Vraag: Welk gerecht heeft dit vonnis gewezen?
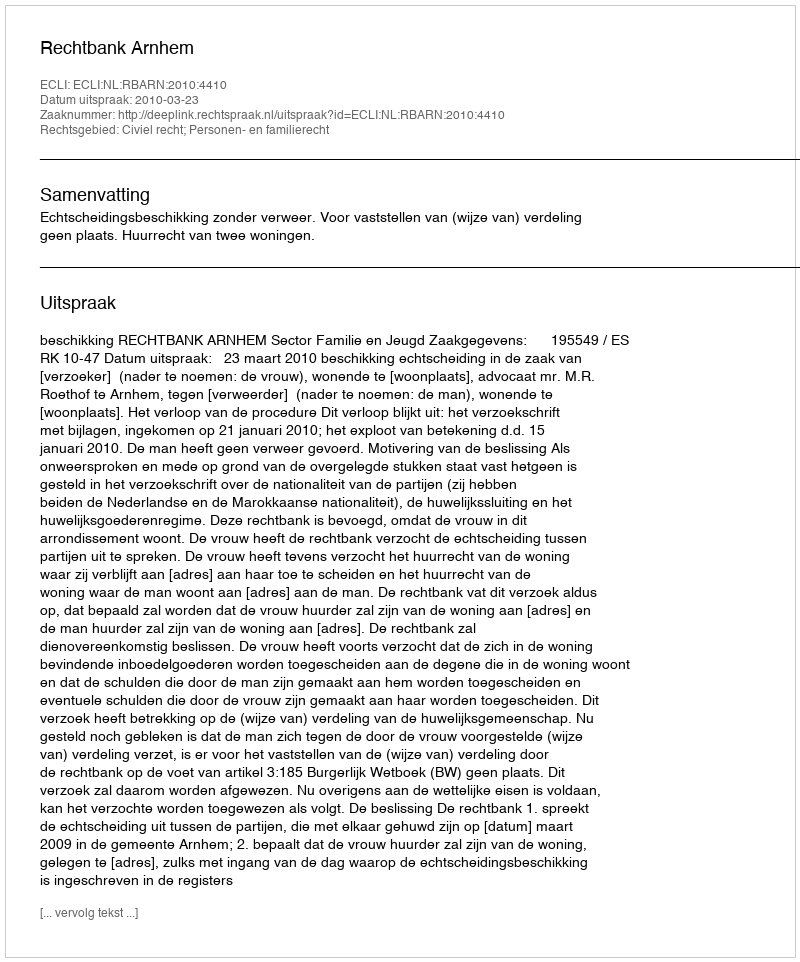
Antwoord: Rechtbank Arnhem